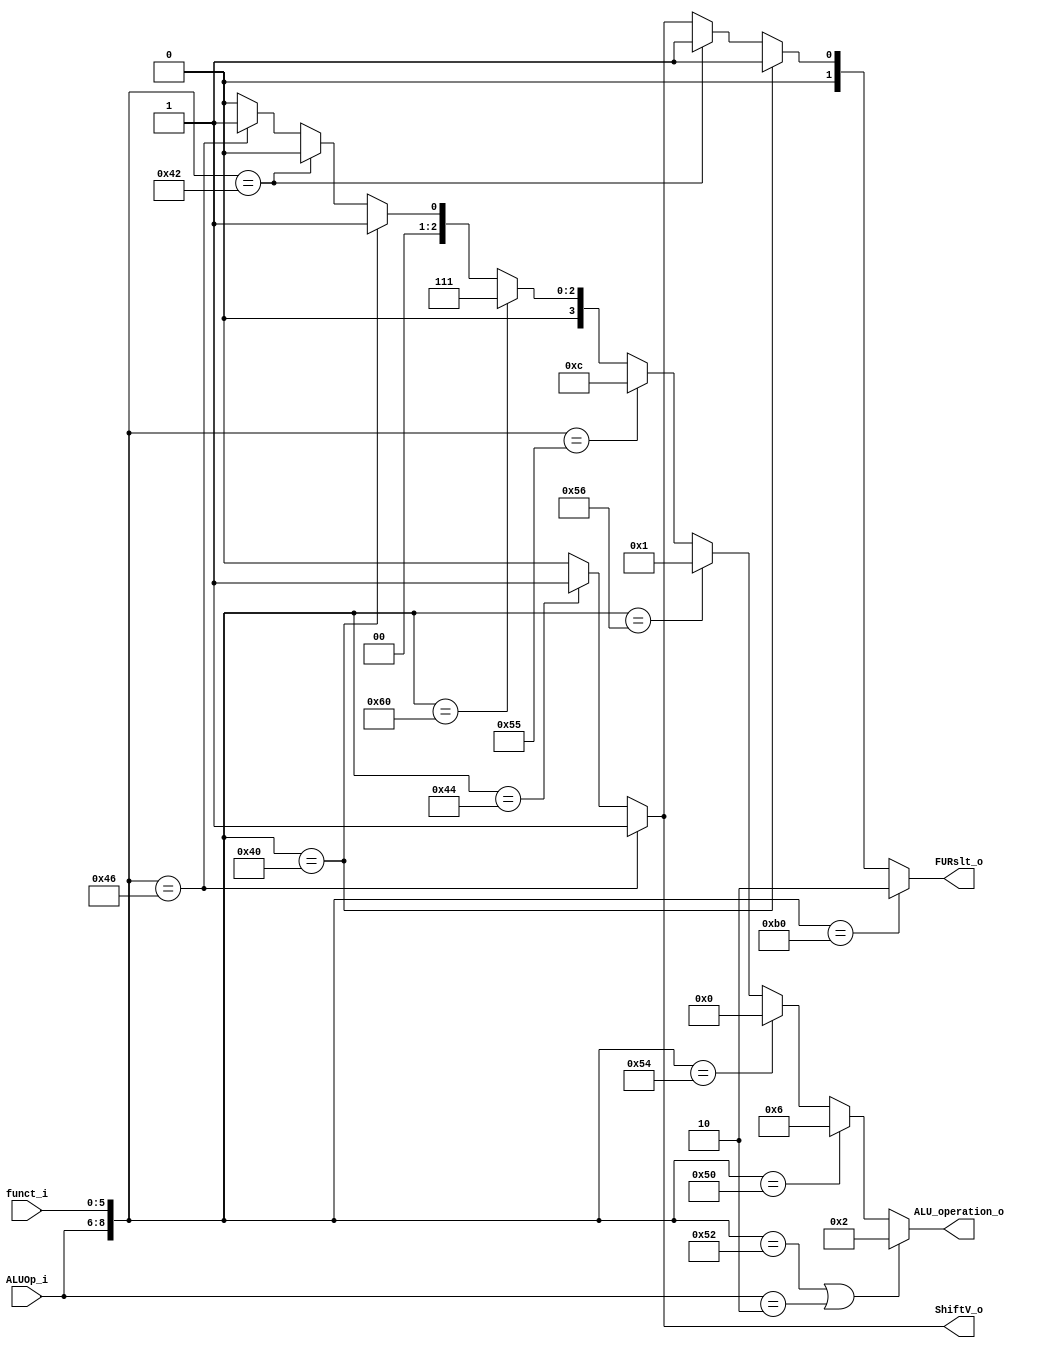
module ALU_Ctrl( funct_i, ALUOp_i, ALU_operation_o, FURslt_o, ShiftV_o);

//I/O ports 
input      [6-1:0] funct_i;
input      [3-1:0] ALUOp_i;

output     [4-1:0] ALU_operation_o;  
output     [2-1:0] FURslt_o;
output		   ShiftV_o;
     
//Internal Signals
wire		[4-1:0] ALU_operation_o;
wire		[2-1:0] FURslt_o;
wire			ShiftV_o;	

//Main function
/*your code here*/
assign ALU_operation_o = ({ALUOp_i,funct_i} == 9'b001_010010 || ALUOp_i == 3'b010) ? 2 : 	//add addi
				({ALUOp_i,funct_i} == 9'b001_010000) ? 6 : 		//sub
				({ALUOp_i,funct_i} == 9'b001_010100) ? 0 : 		//and
				({ALUOp_i,funct_i} == 9'b001_010110) ? 1 : 		//or
				({ALUOp_i,funct_i} == 9'b001_010101) ? 12 : 		//nor
				({ALUOp_i,funct_i} == 9'b001_100000) ? 7 : 		//slt
				({ALUOp_i,funct_i} == 9'b001_000000) ? 1 : 		//sll
				({ALUOp_i,funct_i} == 9'b001_000010) ? 0 :		//srl		
				({ALUOp_i,funct_i} == 9'b001_000110) ? 1 : 		//sllv
				({ALUOp_i,funct_i} == 9'b001_000100) ? 0 : 0;		//srlv	

assign FURslt_o = ({ALUOp_i,funct_i} == 9'b010_110000) ? 2 : 		//lui
			({ALUOp_i,funct_i} == 9'b001_000000) ? 1 : 	//sll
			({ALUOp_i,funct_i} == 9'b001_000010) ? 1 :	//srl 
			({ALUOp_i,funct_i} == 9'b001_000110) ? 1 :  //sllv
			({ALUOp_i,funct_i} == 9'b001_000100) ? 1 : 0;	//srlv //else

assign ShiftV_o = ({ALUOp_i,funct_i} == 9'b001_000110) ? 1 : 		//SLLV
			({ALUOp_i,funct_i} == 9'b001_000100) ? 1 : 0; 	//SRLV	

endmodule